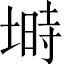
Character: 塒